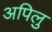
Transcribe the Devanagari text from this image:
अपिलु